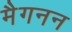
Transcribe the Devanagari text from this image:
मैगनन